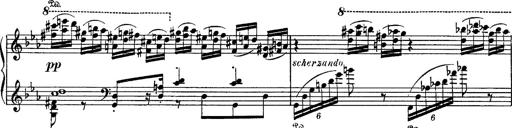
Title: Fantaisie sur des motifs favoris de l'opÃ©ra 'La sonnambula'
Composer: Franz Liszt